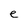
Character: e